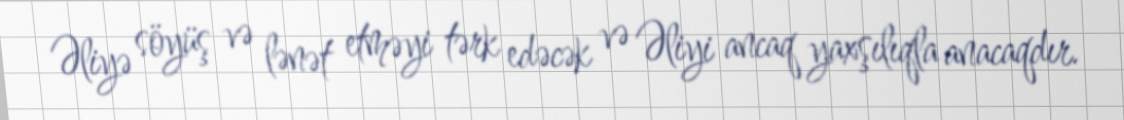
Əliyə söyüş və lənət etməyi tərk edəcək və Əliyi ancaq yaxşılıqla anacaqdır.